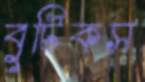
বুটিকস